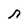
Character: n